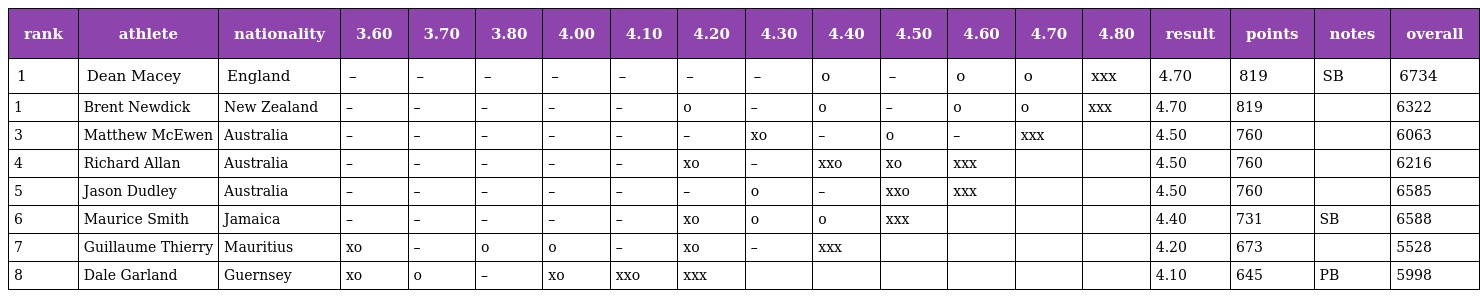
| rank | athlete | nationality | 3.60 | 3.70 | 3.80 | 4.00 | 4.10 | 4.20 | 4.30 | 4.40 | 4.50 | 4.60 | 4.70 | 4.80 | result | points | notes | overall |
 | --- | --- | --- | --- | --- | --- | --- | --- | --- | --- | --- | --- | --- | --- | --- | --- | --- | --- | --- |
 | 1 | Dean Macey | England | – | – | – | – | – | – | – | o | – | o | o | xxx | 4.70 | 819 | SB | 6734 |
 | 1 | Brent Newdick | New Zealand | – | – | – | – | – | o | – | o | – | o | o | xxx | 4.70 | 819 |  | 6322 |
 | 3 | Matthew McEwen | Australia | – | – | – | – | – | – | xo | – | o | – | xxx |  | 4.50 | 760 |  | 6063 |
 | 4 | Richard Allan | Australia | – | – | – | – | – | xo | – | xxo | xo | xxx |  |  | 4.50 | 760 |  | 6216 |
 | 5 | Jason Dudley | Australia | – | – | – | – | – | – | o | – | xxo | xxx |  |  | 4.50 | 760 |  | 6585 |
 | 6 | Maurice Smith | Jamaica | – | – | – | – | – | xo | o | o | xxx |  |  |  | 4.40 | 731 | SB | 6588 |
 | 7 | Guillaume Thierry | Mauritius | xo | – | o | o | – | xo | – | xxx |  |  |  |  | 4.20 | 673 |  | 5528 |
 | 8 | Dale Garland | Guernsey | xo | o | – | xo | xxo | xxx |  |  |  |  |  |  | 4.10 | 645 | PB | 5998 |